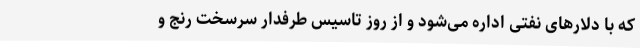
که با دلارهای نفتی اداره می‌شود و از روز تاسیس طرفدار سرسخت رنج و